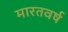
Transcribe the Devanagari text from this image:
मारतवर्ष